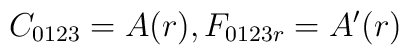
C_{0123}=A(r),   F_{0123r}=A'(r)